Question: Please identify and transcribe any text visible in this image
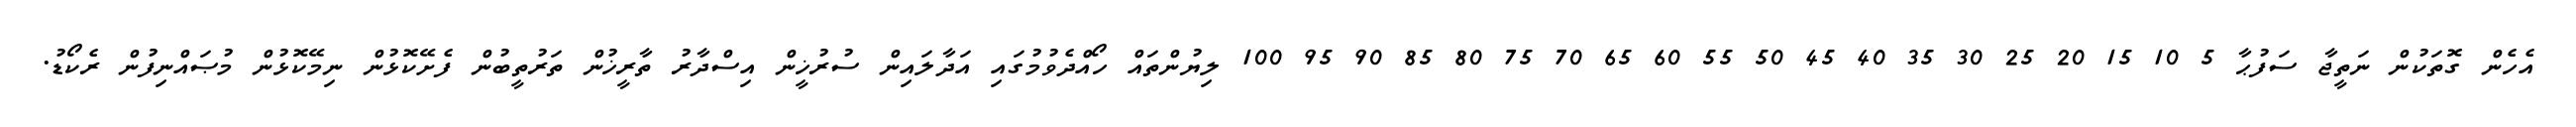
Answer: އެހެން ގޮތަކުން ނަތީޖާ ސަފުޙާ 5 10 15 20 25 30 35 40 45 50 55 60 65 70 75 80 85 90 95 100 ލިޔުންތައް ހޯއްދެވުމުގައި އަދާލައިން ސުރުޚީން އިސްދާރު ތާރީޚުން ތަރުތީބުން ފެށޭކޮޅުން ނިމޭކޮޅުން މުޞައްނިފުން ރެކޯޑު.